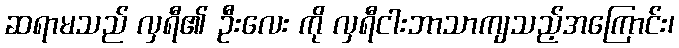
ဆရာမသည် လှရီ၏ ဦးလေး ကို လှရီငါးဘာသာကျသည့်အကြောင်း၊